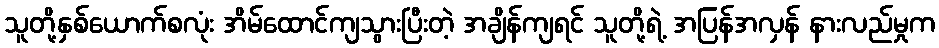
သူတို့နှစ်ယောက်စလုံး အိမ်ထောင်ကျသွားပြီးတဲ့ အချိန်ကျရင် သူတို့ရဲ့ အပြန်အလှန် နားလည်မှုက